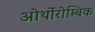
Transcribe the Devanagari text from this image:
ओर्थोरोम्बिक